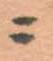
ニ